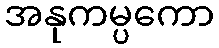
အနုကမ္ပကော